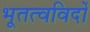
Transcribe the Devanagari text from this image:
भूतत्वविदों